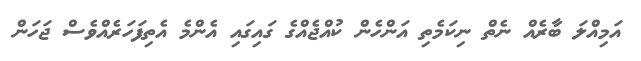
އަމިއްލަ ބާރެއް ނެތް ނިކަމެތި އަންހެން ކުއްޖެއްގެ ގައިގައި އެންމެ އެތިފަހަރެއްވެސް ޖަހަން